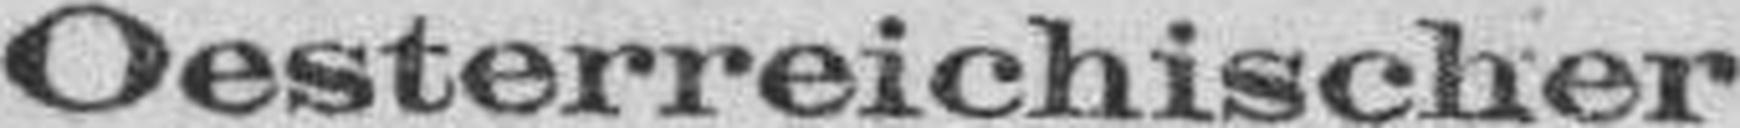
Oesterreichischer